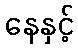
နေနှင့်